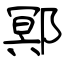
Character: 鄍